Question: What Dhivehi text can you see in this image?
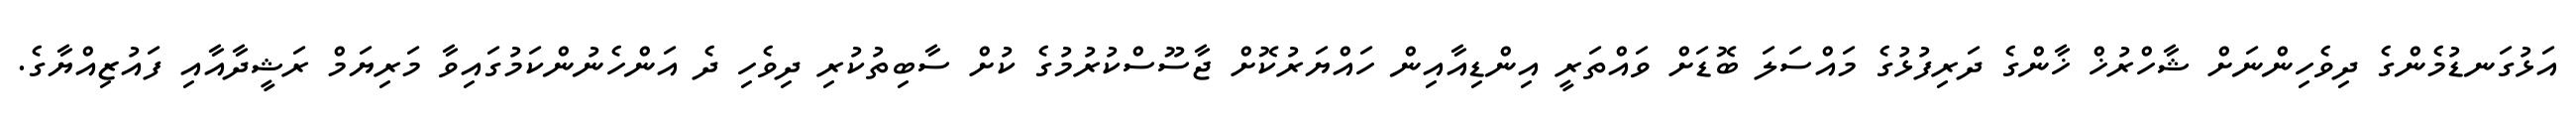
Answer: އަޅުގަނޑުމެންގެ ދިވެހިންނަށް ޝާހްރުޚް ޚާންގެ ދަރިފުޅުގެ މައްސަލަ ބޮޑަށް ވައްތަރީ އިންޑިއާއިން ހައްޔަރުކޮށް ޖާސޫސްކުރުމުގެ ކުށް ސާބިތުކުރި ދިވެހި ދެ އަންހެނުންކަމުގައިވާ މަރިޔަމް ރަޝީދާއާއި ފައުޒިއްޔާގެ.